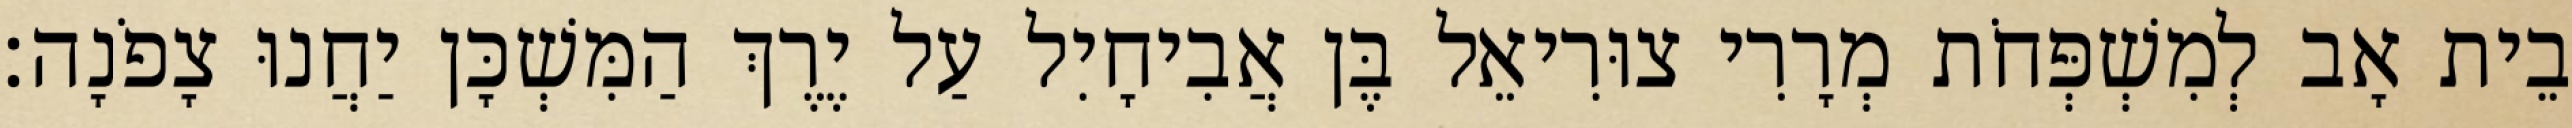
בֵית אָב לְמִשְׁפְּחֹת מְרָרִי צוּרִיאֵל בֶּן אֲבִיחָיִל עַל יֶרֶךְ הַמִּשְׁכָּן יַחֲנוּ צָפֹנָה׃